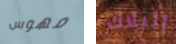
مهوس البلاك